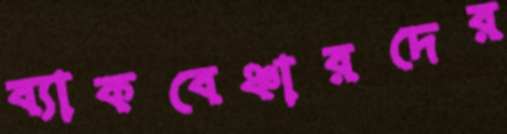
ব্যাকবেঞ্চারদের